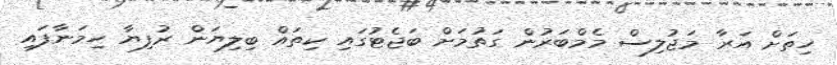
ހިތަށް އަރާ މަޖުލިސް މެމްބަރުން ގަތުމަށް ބަޖެޓުގައި ކިތައް ބިލިޔަން ރުފިޔާ ހިމަނާފައި